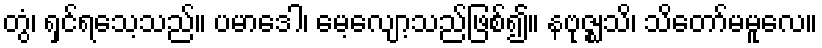
တွံ၊ ရှင်ရသေ့သည်။ ပမာဒေါ၊ မေ့လျော့သည်ဖြစ်၍။ နဗုဇ္ဈသိ၊ သိတော်မမူလေ။